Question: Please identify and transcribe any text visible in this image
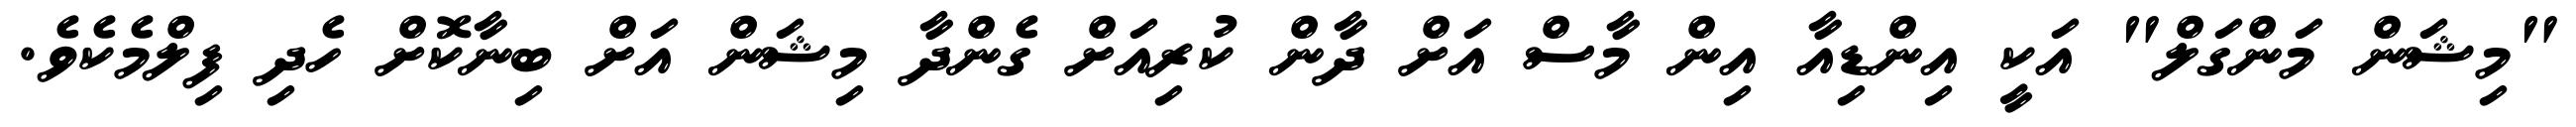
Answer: "މިޝަން މަންގަލް" އަކީ އިންޑިއާ އިން މާސް އަށް ދާން ކުރިއަށް ގެންދާ މިޝަން އަށް ބިނާކޮށް ހެދި ފިލްމެކެވެ.